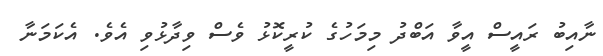
ނާއިބު ރައީސް އީވާ އަބްދު މިމަހުގެ ކުރީކޮޅު ވެސް ވިދާޅުވި އެވެ. އެކަަމަނާ